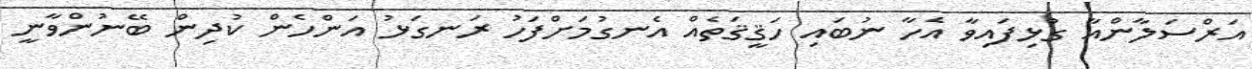
އަރްސަލާންއާ ގުޅިފައިވާ އެހާ ނުބައި ހަޤީޤަތެއް އެނގުމަށްފަހު ރަނގަޅު އަންހެން ކުދިން ބޭނުންވާނީ